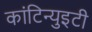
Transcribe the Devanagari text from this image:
कांटिन्युइटी